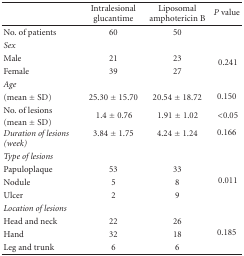
<table><thead><tr><td></td><td><b>Intralesional glucantime</b></td><td><b>Liposomal amphotericin B</b></td><td><b><i>P </i>value</b></td></tr></thead><tbody><tr><td>No. of patients</td><td>60</td><td>50</td><td></td></tr><tr><td><i>Sex </i></td><td></td><td></td><td></td></tr><tr><td>Male</td><td>21</td><td>23</td><td rowspan="2"> 0.241</td></tr><tr><td>Female</td><td>39</td><td>27</td></tr><tr><td><i>Age </i></td><td></td><td></td><td></td></tr><tr><td>(mean ± SD)</td><td>25.30 ± 15.70</td><td>20.54 ± 18.72</td><td>0.150</td></tr><tr><td>No. of lesions</td><td rowspan="2"> 1.4 ± 0.76</td><td rowspan="2"> 1.91 ± 1.02</td><td rowspan="2"> &lt;0.05</td></tr><tr><td>(mean ± SD)</td></tr><tr><td><i>Duration of lesions (week)</i></td><td>3.84 ± 1.75</td><td>4.24 ± 1.24</td><td>0.166</td></tr><tr><td><i>Type of lesions </i></td><td></td><td></td><td></td></tr><tr><td>Papuloplaque</td><td>53</td><td>33</td><td rowspan="3"> 0.011</td></tr><tr><td>Nodule</td><td>5</td><td>8</td></tr><tr><td>Ulcer</td><td>2</td><td>9</td></tr><tr><td><i>Location of lesions </i></td><td></td><td></td><td></td></tr><tr><td>Head and neck</td><td>22</td><td>26</td><td rowspan="3">0.185</td></tr><tr><td>Hand</td><td>32</td><td>18</td></tr><tr><td>Leg and trunk</td><td>6</td><td>6</td></tr></tbody></table>